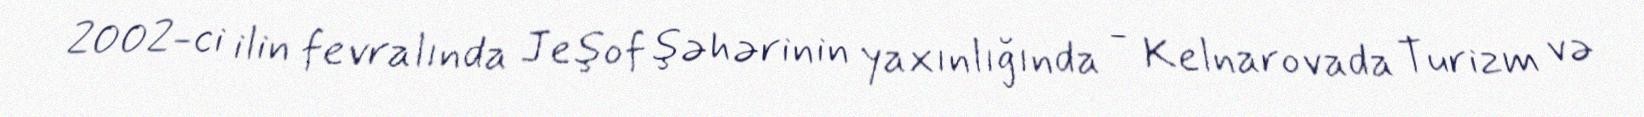
2002-ci ilin fevralında Jeşof şəhərinin yaxınlığında - Kelnarovada Turizm və